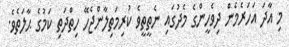
މި އާދަ އަހަރެމެން ދިވެހީންގެ މެދުގައި ނެތީތީވެ ކުރިމަތިލާންޖެހޭ ހިތްދަތި ކަމުގެ ޙާލަތެވެ.